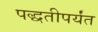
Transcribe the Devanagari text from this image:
पद्धतीपर्यंत